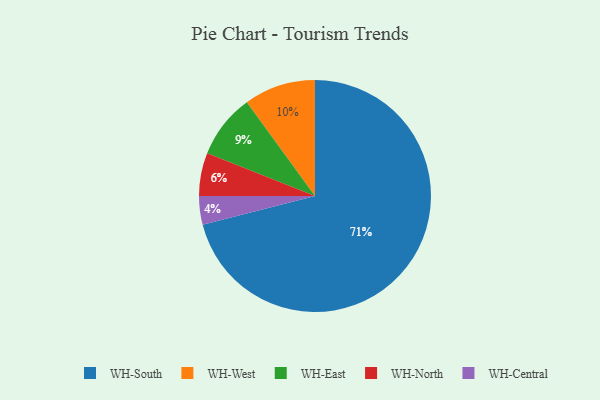
{"axis": {"x": "Category", "y": "Percentage"}, "legend": ["WH-Central", "WH-East", "WH-North", "WH-South", "WH-West"], "data": [{"x": "WH-East", "y": 9, "type": "WH-East"}, {"x": "WH-West", "y": 10, "type": "WH-West"}, {"x": "WH-North", "y": 6, "type": "WH-North"}, {"x": "WH-Central", "y": 4, "type": "WH-Central"}, {"x": "WH-South", "y": 71, "type": "WH-South"}]}